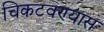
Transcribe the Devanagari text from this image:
चिकटवण्यास